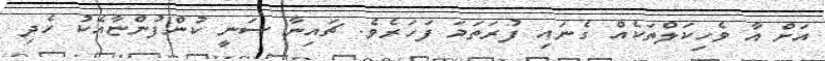
އަށް އާ ވެހިކަލްތަކެއް ގެނައި ފުރަތަމަ ފަހަރެވެ. ޗައިނާ ސަނީ ކުންފުންޏާއެކު ހެދި